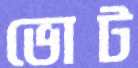
ভোট